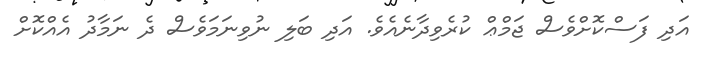
އަދި ފަސްކޮށްވެސް ޖަމްޢް ކުރެވިދާނެއެވެ. އަދި ބަލި ނުވިނަމަވެސް ދެ ނަމާދު އެއްކޮށް